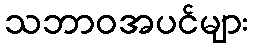
သဘာဝအပင်များ